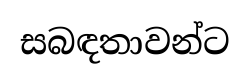
සබඳතාවන්ට